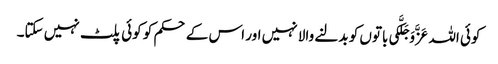
کوئی اللہ عَزَّوَجَلَّکی باتوں کو بدلنے والا نہیں اور اس کے حکم کو کوئی پلٹ نہیں سکتا۔